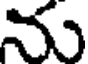
ను